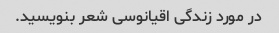
در مورد زندگی اقیانوسی شعر بنویسید.